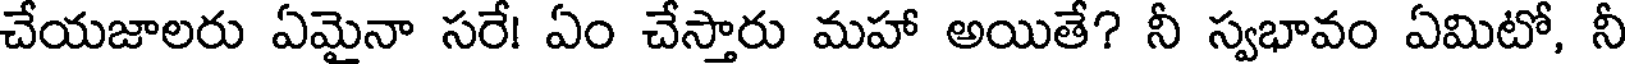
చేయజాలరు ఏమైనా సరే! ఏం చేస్తారు మహా అయితే? నీ స్వభావం ఏమిటో, నీ